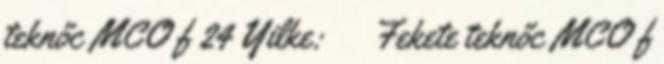
teknőc MCO f 24 Yilke: ♀Fekete teknőc MCO f